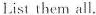
List them all.